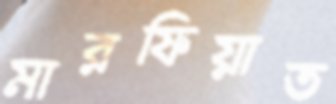
মারফিয়াত